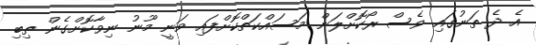
އެ ދެ ތަނުގައި ވެސް ރޯކޮށްލަން މަސައްކަތްކޮށްފައި ވަނީ މޫނު ނިވާކޮށްގެން ތިބި